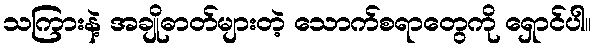
သကြားနဲ့ အချိုဓာတ်များတဲ့ သောက်စရာတွေကို ရှောင်ပါ။